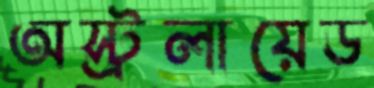
অস্ট্রলায়েড